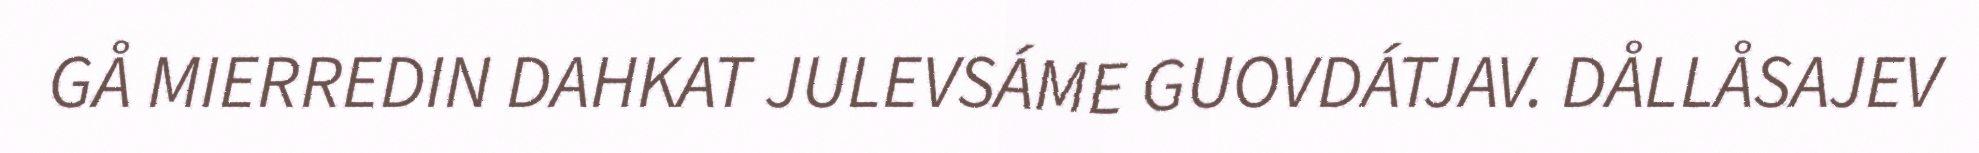
GÅ MIERREDIN DAHKAT JULEVSÁME GUOVDÁTJAV. DÅLLÅSAJEV